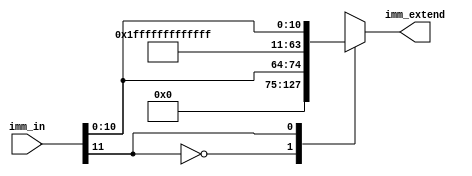
`timescale 1ns / 1ps
//////////////////////////////////////////////////////////////////////////////////
// Company: 
// Engineer: 
// 
// Design Name: 
// Module Name:    signextend 
// Project Name: 
// Target Devices: 
// Tool versions: 
// Description: 
//
// Dependencies: 
//
// Revision: 
// Revision 0.01 - File Created
// Additional Comments: 
//
//////////////////////////////////////////////////////////////////////////////////
module signextend(
    input [11:0] imm_in,
    output [63:0] imm_extend
    );
	 
	 reg [63:0] imm_out;
	 assign imm_extend = imm_out;
	 
	 always @(*)
	 begin
		case (imm_in[11])
			1'b0:	imm_out = {52'h0000000000000, imm_in};
			1'b1:	imm_out = {52'hFFFFFFFFFFFFF, imm_in};
		endcase
	 end

endmodule